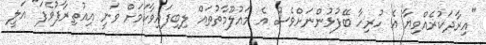
"އިރާދަކުރެއްވިޔާ އެ ހުރިހާ ބޭފުޅުންނަށްވެސް އެ މައުލޫމާތުތައް ލިބިފައިވާކަމަށް ވަނީ އިއުތިރާފުވެފަ" އަލީ